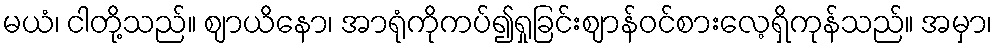
မယံ၊ ငါတို့သည်။ ဈာယိနော၊ အာရုံကိုကပ်၍ရှုခြင်းဈာန်ဝင်စားလေ့ရှိကုန်သည်။ အမှာ၊